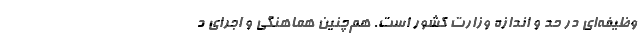
وظیفه‌ای در حد و اندازه وزارت کشور است. هم‌چنین هماهنگی و اجرای د